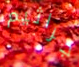
جراثيم